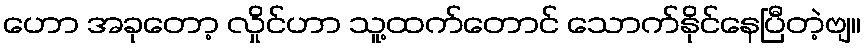
ဟော အခုတော့ လှိုင်ဟာ သူ့ထက်တောင် သောက်နိုင်နေပြီတဲ့ဗျ။